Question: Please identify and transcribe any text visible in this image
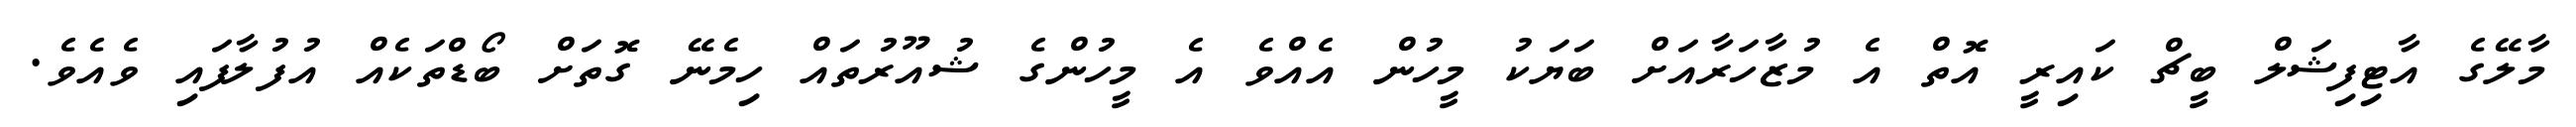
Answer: މާލޭގެ އާޓިފިޝަލް ބީޗް ކައިރީ އޮތް އެ މުޒާހަރާއަށް ބަޔަކު މީހުން އެއްވެ އެ މީހުންގެ ޝުއޫރުތައް ހިމެނޭ ގޮތަށް ބޯޑްތަކެއް އުފުލާފައި ވެއެވެ.